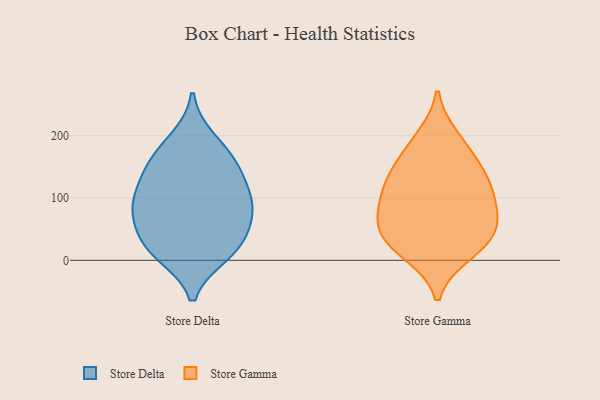
{"axis": {"x": "Population (Million)", "y": "Value"}, "legend": ["Store Delta", "Store Gamma"], "data": [{"x": "", "y": 87, "type": "Store Delta"}, {"x": "", "y": 121, "type": "Store Delta"}, {"x": "", "y": 107, "type": "Store Delta"}, {"x": "", "y": 79, "type": "Store Delta"}, {"x": "", "y": 10, "type": "Store Delta"}, {"x": "", "y": 168, "type": "Store Delta"}, {"x": "", "y": 156, "type": "Store Delta"}, {"x": "", "y": 68, "type": "Store Delta"}, {"x": "", "y": 194, "type": "Store Delta"}, {"x": "", "y": 143, "type": "Store Delta"}, {"x": "", "y": 30, "type": "Store Delta"}, {"x": "", "y": 15, "type": "Store Delta"}, {"x": "", "y": 24, "type": "Store Delta"}, {"x": "", "y": 78, "type": "Store Delta"}, {"x": "", "y": 42, "type": "Store Gamma"}, {"x": "", "y": 146, "type": "Store Gamma"}, {"x": "", "y": 197, "type": "Store Gamma"}, {"x": "", "y": 74, "type": "Store Gamma"}, {"x": "", "y": 10, "type": "Store Gamma"}, {"x": "", "y": 17, "type": "Store Gamma"}, {"x": "", "y": 61, "type": "Store Gamma"}, {"x": "", "y": 64, "type": "Store Gamma"}, {"x": "", "y": 137, "type": "Store Gamma"}, {"x": "", "y": 106, "type": "Store Gamma"}, {"x": "", "y": 34, "type": "Store Gamma"}, {"x": "", "y": 125, "type": "Store Gamma"}, {"x": "", "y": 103, "type": "Store Gamma"}, {"x": "", "y": 180, "type": "Store Gamma"}]}